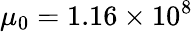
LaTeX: \mu_{0}=1.16\times 10^{8}